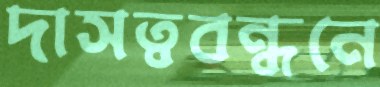
দাসত্ববন্ধনে